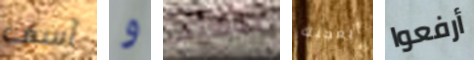
آسف و اعطيها أيعجبك أرفعوا